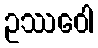
ဥဿဝေါ